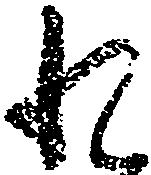
れ